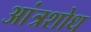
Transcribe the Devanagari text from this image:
आंत्रशोध